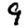
Digit: 9